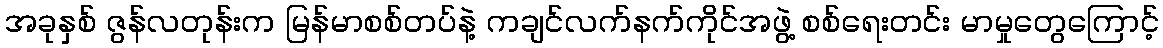
အခုနှစ် ဇွန်လတုန်းက မြန်မာစစ်တပ်နဲ့ ကချင်လက်နက်ကိုင်အဖွဲ့ စစ်ရေးတင်း မာမှုတွေကြောင့်